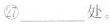
㉗___处。